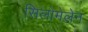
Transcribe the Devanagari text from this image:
सिलोमेलेन